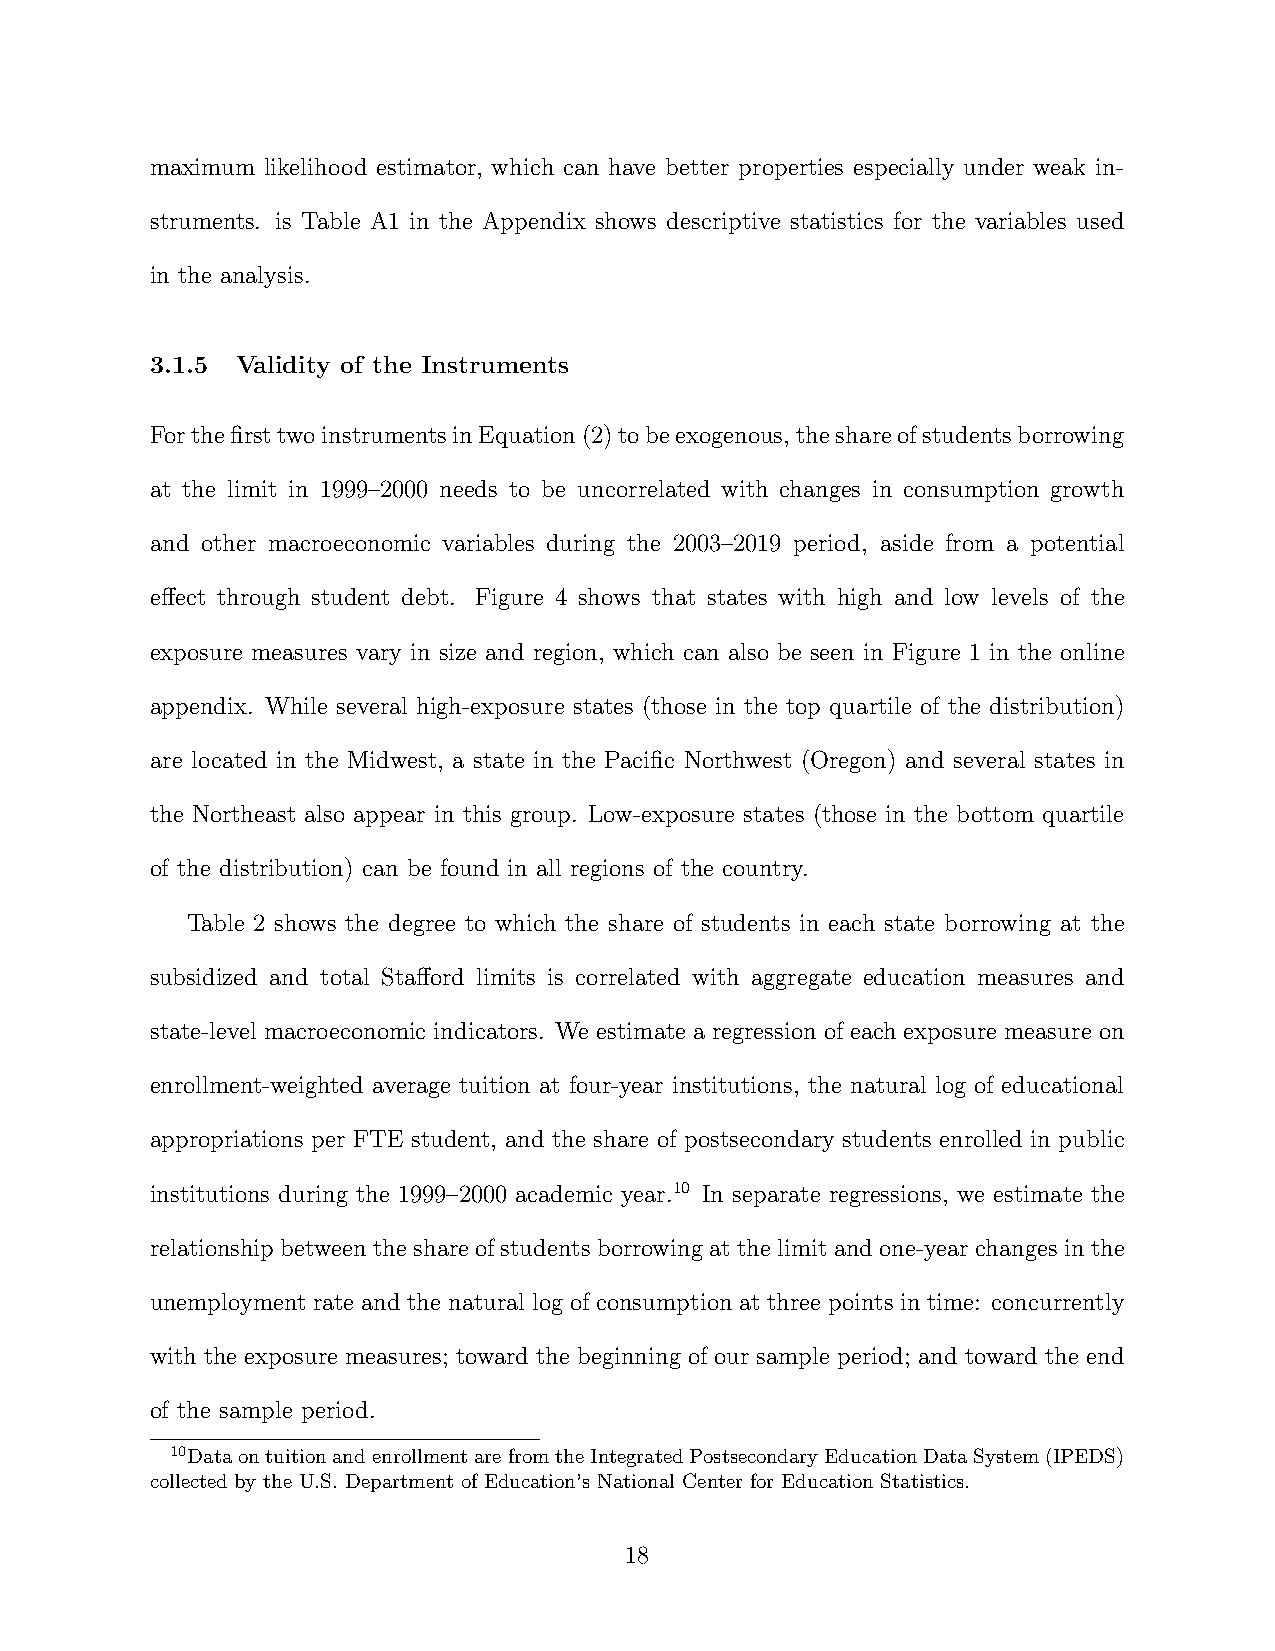
maximum likelihood estimator, which can have better properties especially under weak in-
 struments. is Table A1 in the Appendix shows descriptive statistics for the variables used
 in the analysis.
 3.1.5 Validity of the Instruments
 ForthefirsttwoinstrumentsinEquation(2)tobeexogenous,theshareofstudentsborrowing
 at the limit in 1999–2000 needs to be uncorrelated with changes in consumption growth
 and other macroeconomic variables during the 2003–2019 period, aside from a potential
 effect through student debt. Figure 4 shows that states with high and low levels of the
 exposure measures vary in size and region, which can also be seen in Figure 1 in the online
 appendix. While several high-exposure states (those in the top quartile of the distribution)
 are located in the Midwest, a state in the Pacific Northwest (Oregon) and several states in
 the Northeast also appear in this group. Low-exposure states (those in the bottom quartile
 of the distribution) can be found in all regions of the country.
 Table 2 shows the degree to which the share of students in each state borrowing at the
 subsidized and total Stafford limits is correlated with aggregate education measures and
 state-level macroeconomic indicators. We estimate a regression of each exposure measure on
 enrollment-weighted average tuition at four-year institutions, the natural log of educational
 appropriations per FTE student, and the share of postsecondary students enrolled in public
 institutions during the 1999–2000 academic year.10 In separate regressions, we estimate the
 relationship between the share of students borrowing at the limit and one-year changes in the
 unemployment rate and the natural log of consumption at three points in time: concurrently
 with the exposure measures; toward the beginning of our sample period; and toward the end
 of the sample period.
 10DataontuitionandenrollmentarefromtheIntegratedPostsecondaryEducationDataSystem(IPEDS)
 collected by the U.S. Department of Education’s National Center for Education Statistics.
 18